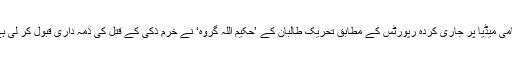
مقامی میڈیا پر جاری کردہ رپورٹس کے مطابق تحریک طالبان کے ’حکیم اللہ گروہ‘ نے خرم ذکی کے قتل کی ذمہ داری قبول کر لی ہے۔